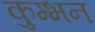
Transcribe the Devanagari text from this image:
कुम्भन